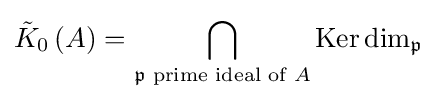
{\tilde {K}}_{0}\left(A\right)=\bigcap \limits _{{\mathfrak {p}}{\text{ prime ideal of }}A}\mathrm {Ker} \dim _{\mathfrak {p}}